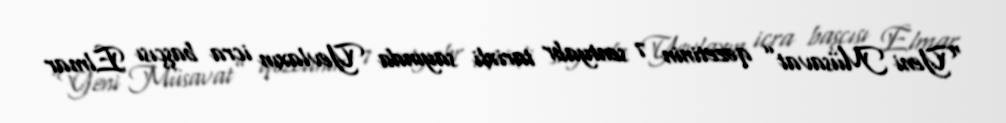
“Yeni Müsavat” qəzetinin 7 sentyabr tarixli sayında Yevlaxın icra başçısı Elmar